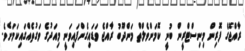
ރާއްޖޭގެ ފޮރިން މިނިސްޓްރީން ބުނީ ކޮމަންވެލްތް މަންދޫބު ރާއްޖެ ވަޑައިގެންފައިވަނީ މިއަދުގެ ވަގުތެއްގައިކަމަށެވެ.